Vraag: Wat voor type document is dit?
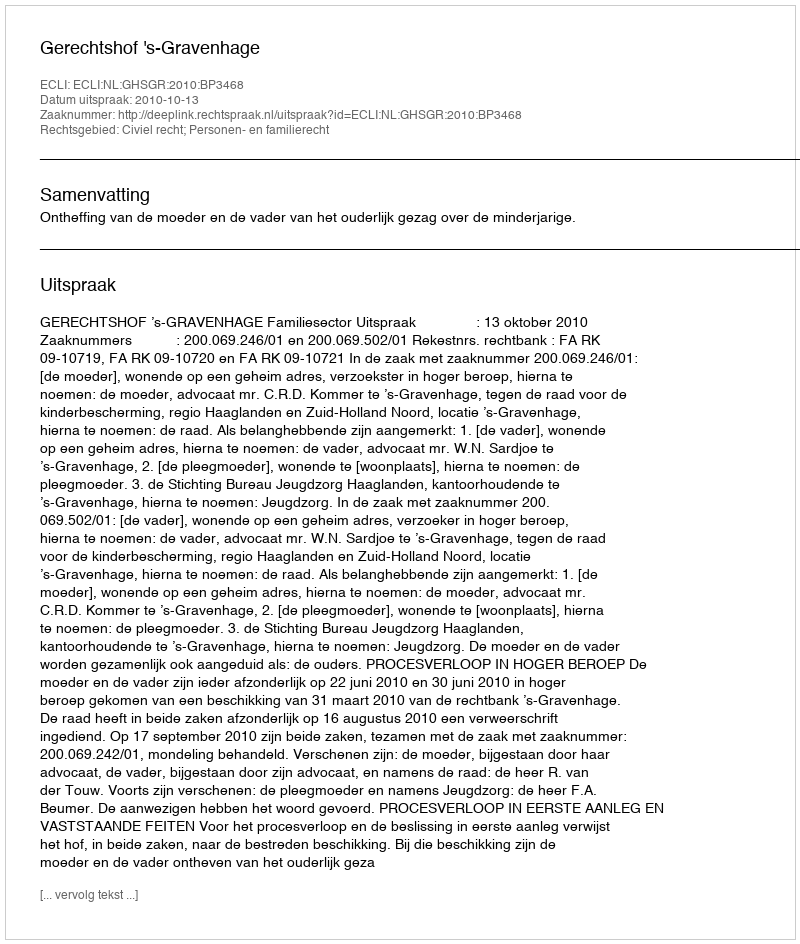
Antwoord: Uitspraak